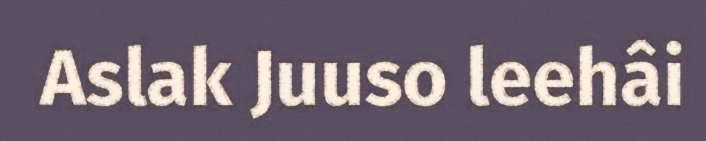
Aslak Juuso leehâi